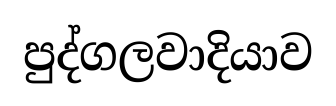
පුද්ගලවාදියාව